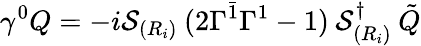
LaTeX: \gamma^{0}Q=-i{\cal S}_{(R_{i})}\: (2\Gamma^{\bar{1}}\Gamma^{1}-1)\: {\cal S}_{(R_{i})}^{\dagger}\: \tilde{Q}